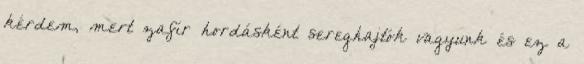
kérdem, mert zafír hordásként sereghajtók vagyunk és ez a